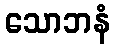
သောဘနံ